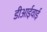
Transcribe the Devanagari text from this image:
डीआईवाई